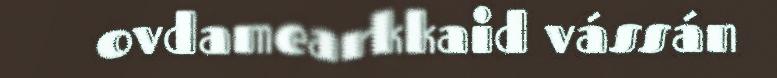
ovdamearkkaid vássán